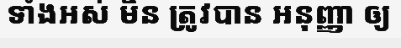
ទាំងអស់ មិន ត្រូវបាន អនុញ្ញា ឲ្យ